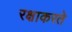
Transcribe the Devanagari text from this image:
रक्षाकरते